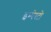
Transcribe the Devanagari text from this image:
इम्पेस्टो